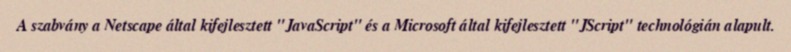
A szabvány a Netscape által kifejlesztett "JavaScript" és a Microsoft által kifejlesztett "JScript" technológián alapult.